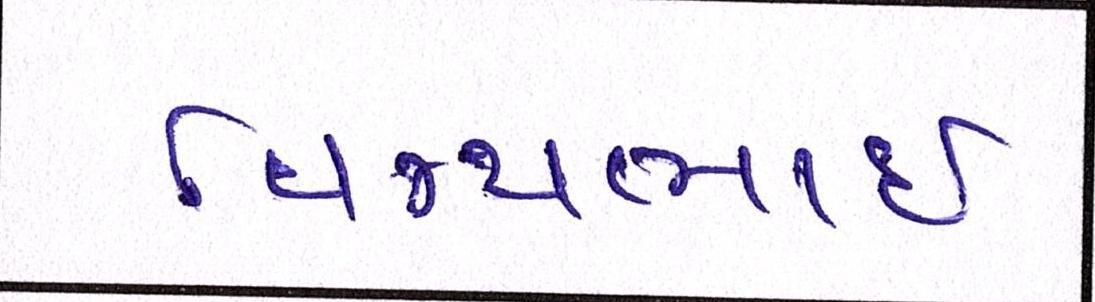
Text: વિજયભાઈ